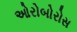
ઓરોબોરોસ